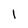
Character: 1